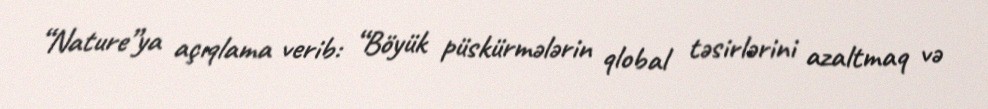
“Nature”ya açıqlama verib: “Böyük püskürmələrin qlobal təsirlərini azaltmaq və